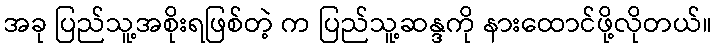
အခု ပြည်သူ့အစိုးရဖြစ်တဲ့ က ပြည်သူ့ဆန္ဒကို နားထောင်ဖို့လိုတယ်။